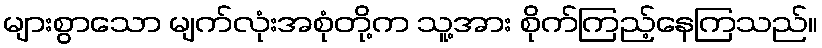
များစွာသော မျက်လုံးအစုံတို့က သူ့အား စိုက်ကြည့်နေကြသည်။